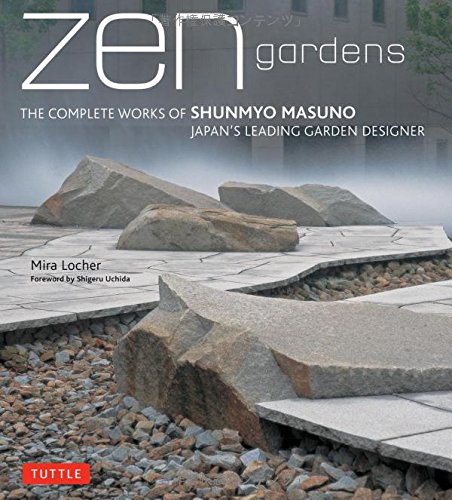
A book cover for Zen Gardens: The Complete Works of Shunmyo Masuno, Japan's Leading Garden Designer; Mira Locher; Crafts, Hobbies & Home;